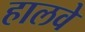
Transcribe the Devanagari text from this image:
हालवे